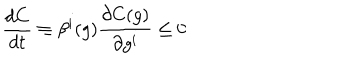
LaTeX: \frac { d C } { d t } \equiv \beta ^ { i } ( g ) \frac { \partial C ( g ) } { \partial g ^ { i } } \leq 0